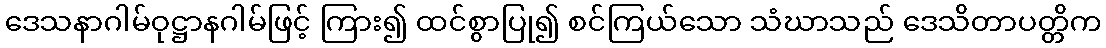
ဒေသနာဂါမ်ဝုဋ္ဌာနဂါမ်ဖြင့် ကြား၍ ထင်စွာပြု၍ စင်ကြယ်သော သံဃာသည် ဒေသိတာပတ္တိက